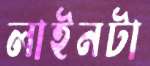
লাইনটা